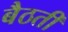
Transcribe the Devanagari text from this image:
बैठतीं